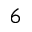
^ 6